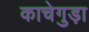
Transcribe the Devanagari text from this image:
काचेगुड़ा